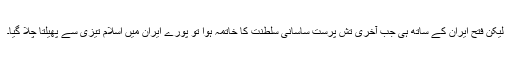
لیکن فتح ایران کے ساتھ ہی جب آخری تش پرست ساسانی سلطنت کا خاتمہ ہوا تو پورے ایران میں اسلام تیزی سے پھیلتا چلا گیا۔